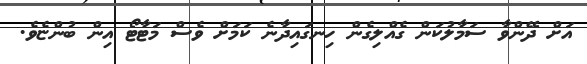
އަށް ދޭންވާ ސަމާލުކަން ގެއްލިގެން ހިނގައިދާނެ ކަމަށް ވެސް މަޓާޓޯ އިން ބުންޏެވެ.